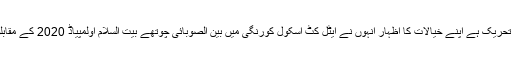
بیت السلام ٹرسٹ ایک ادارہ نہیں بلکہ ایک تحریک ہے اپنے خیالات کا اظہار انہوں نے ایٹل کٹ اسکول کورنگی میں بین الصوبائی چوتھے بیت السلام اولمپیاڈ 2020 کے مقابلوں کی اختتامی تقریب سے خطاب میں کیا۔